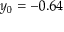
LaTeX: y _ { 0 } = - 0 . 6 4